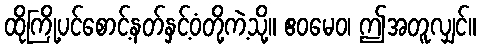
ထိုကြို့ပင်စောင့်နတ်နှင့်ဝံတို့ကဲ့သို့။ ဧဝမေဝ၊ ဤအတူလျှင်။